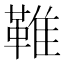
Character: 𩋘